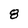
Character: 8